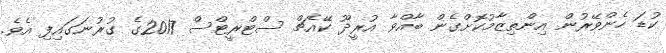
ކުޑަ ހެންވޭރުން އިންތިޒާމުކޮށްގެން ބާއްވާ އުރީދޫ ކޭއެޗް ސްޓްރީޓްސް 2017ގެ ގުރުނަގައިފި އެވެ.